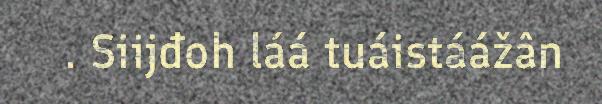
. Siijđoh láá tuáistáážân